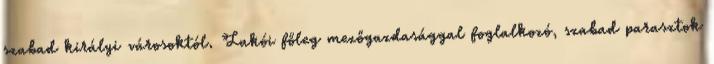
szabad királyi városoktól. Lakói főleg mezőgazdasággal foglalkozó, szabad parasztok